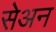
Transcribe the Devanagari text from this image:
सेअन